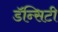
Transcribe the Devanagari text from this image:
डॅन्सिटी